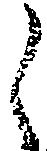
ら